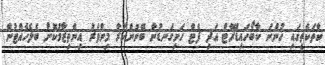
ކާތަކެތީގައި ހުންނަ ކާބޯހައިޑްރޭޓް އަދި ފެޓް ހަށިގަނޑުން ބޭނުންކުރާ މިންވަރު އިންތިޒާމުކޮށް ބެލެހެއްޓުން